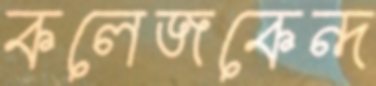
কলেজকেন্দ